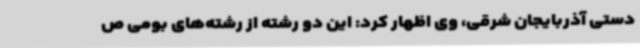
دستی آذربایجان شرقی، وی اظهار کرد: این دو رشته از رشته‌های بومی ص